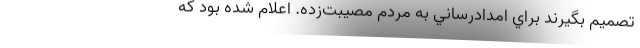
تصميم بگيرند براي امدادرساني به مردم مصيبت‌زده. اعلام شده بود كه